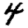
Digit: 4